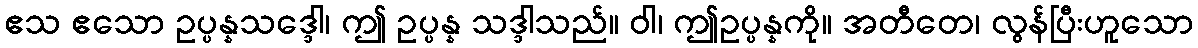
ဧသ ဧသော ဥပ္ပန္နသဒ္ဒေါ၊ ဤ ဥပ္ပန္န သဒ္ဒါသည်။ ဝါ၊ ဤဥပ္ပန္နကို။ အတီတေ၊ လွန်ပြီးဟူသော